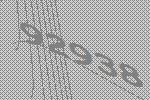
92938